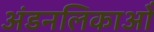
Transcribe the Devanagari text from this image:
अंडनलिकाओं